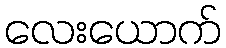
လေးယောက်